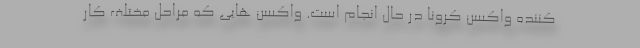
کننده واکسن کرونا در حال انجام است. واکسن هایی که مراحل مختلف کار